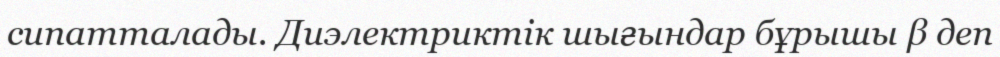
сипатталады. Диэлектриктік шығындар бұрышы β деп